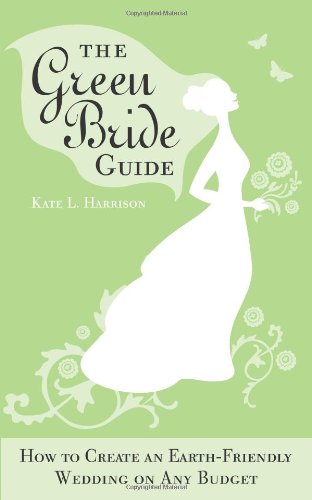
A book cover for The Green Bride Guide: How to Create an Earth-Friendly Wedding on Any Budget; Kate Harrison; Crafts, Hobbies & Home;